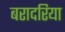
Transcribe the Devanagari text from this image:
बरादरिया